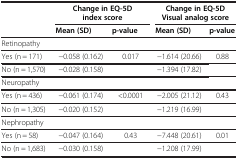
<table><thead><tr><td rowspan="2"><b> </b></td><td colspan="2"><b>Change in EQ-5D index score</b></td><td colspan="2"><b>Change in EQ-5D Visual analog score</b></td></tr><tr><td><b>Mean (SD)</b></td><td><b>p-value</b></td><td><b>Mean (SD)</b></td><td><b>p-value</b></td></tr></thead><tbody><tr><td colspan="5">Retinopathy</td></tr><tr><td>Yes (n = 171)</td><td>−0.058 (0.162)</td><td>0.017</td><td>−1.614 (20.66)</td><td>0.88</td></tr><tr><td>No (n = 1,570)</td><td>−0.028 (0.158)</td><td> </td><td>−1.394 (17.82)</td><td> </td></tr><tr><td colspan="5">Neuropathy</td></tr><tr><td>Yes (n = 436)</td><td>−0.061 (0.174)</td><td>&lt;0.0001</td><td>−2.005 (21.12)</td><td>0.43</td></tr><tr><td>No (n = 1,305)</td><td>−0.020 (0.152)</td><td> </td><td>−1.219 (16.99)</td><td> </td></tr><tr><td colspan="5">Nephropathy</td></tr><tr><td>Yes (n = 58)</td><td>−0.047 (0.164)</td><td>0.43</td><td>−7.448 (20.61)</td><td>0.01</td></tr><tr><td>No (n = 1,683)</td><td>−0.030 (0.158)</td><td> </td><td>−1.208 (17.99)</td><td> </td></tr></tbody></table>